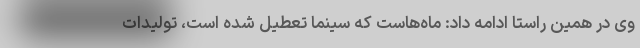
وی در همین راستا ادامه داد: ماه‌هاست که سینما تعطیل شده است، تولیدات